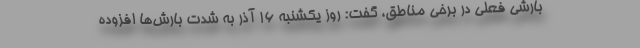
بارشی فعلی در برخی مناطق، گفت: روز یکشنبه ۱۶ آذر به شدت بارش‌ها افزوده